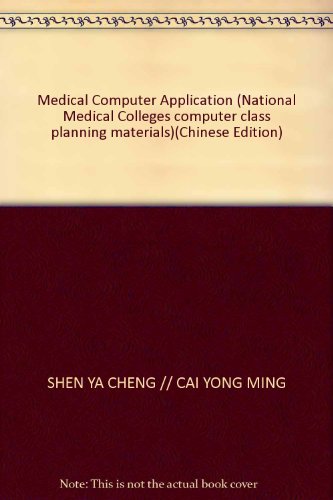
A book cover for Medical Computer Application (National Medical Colleges computer class planning materials)(Chinese Edition); SHEN YA CHENG // CAI YONG MING; Medical Books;